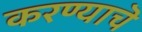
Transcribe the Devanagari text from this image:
करण्याचॆ